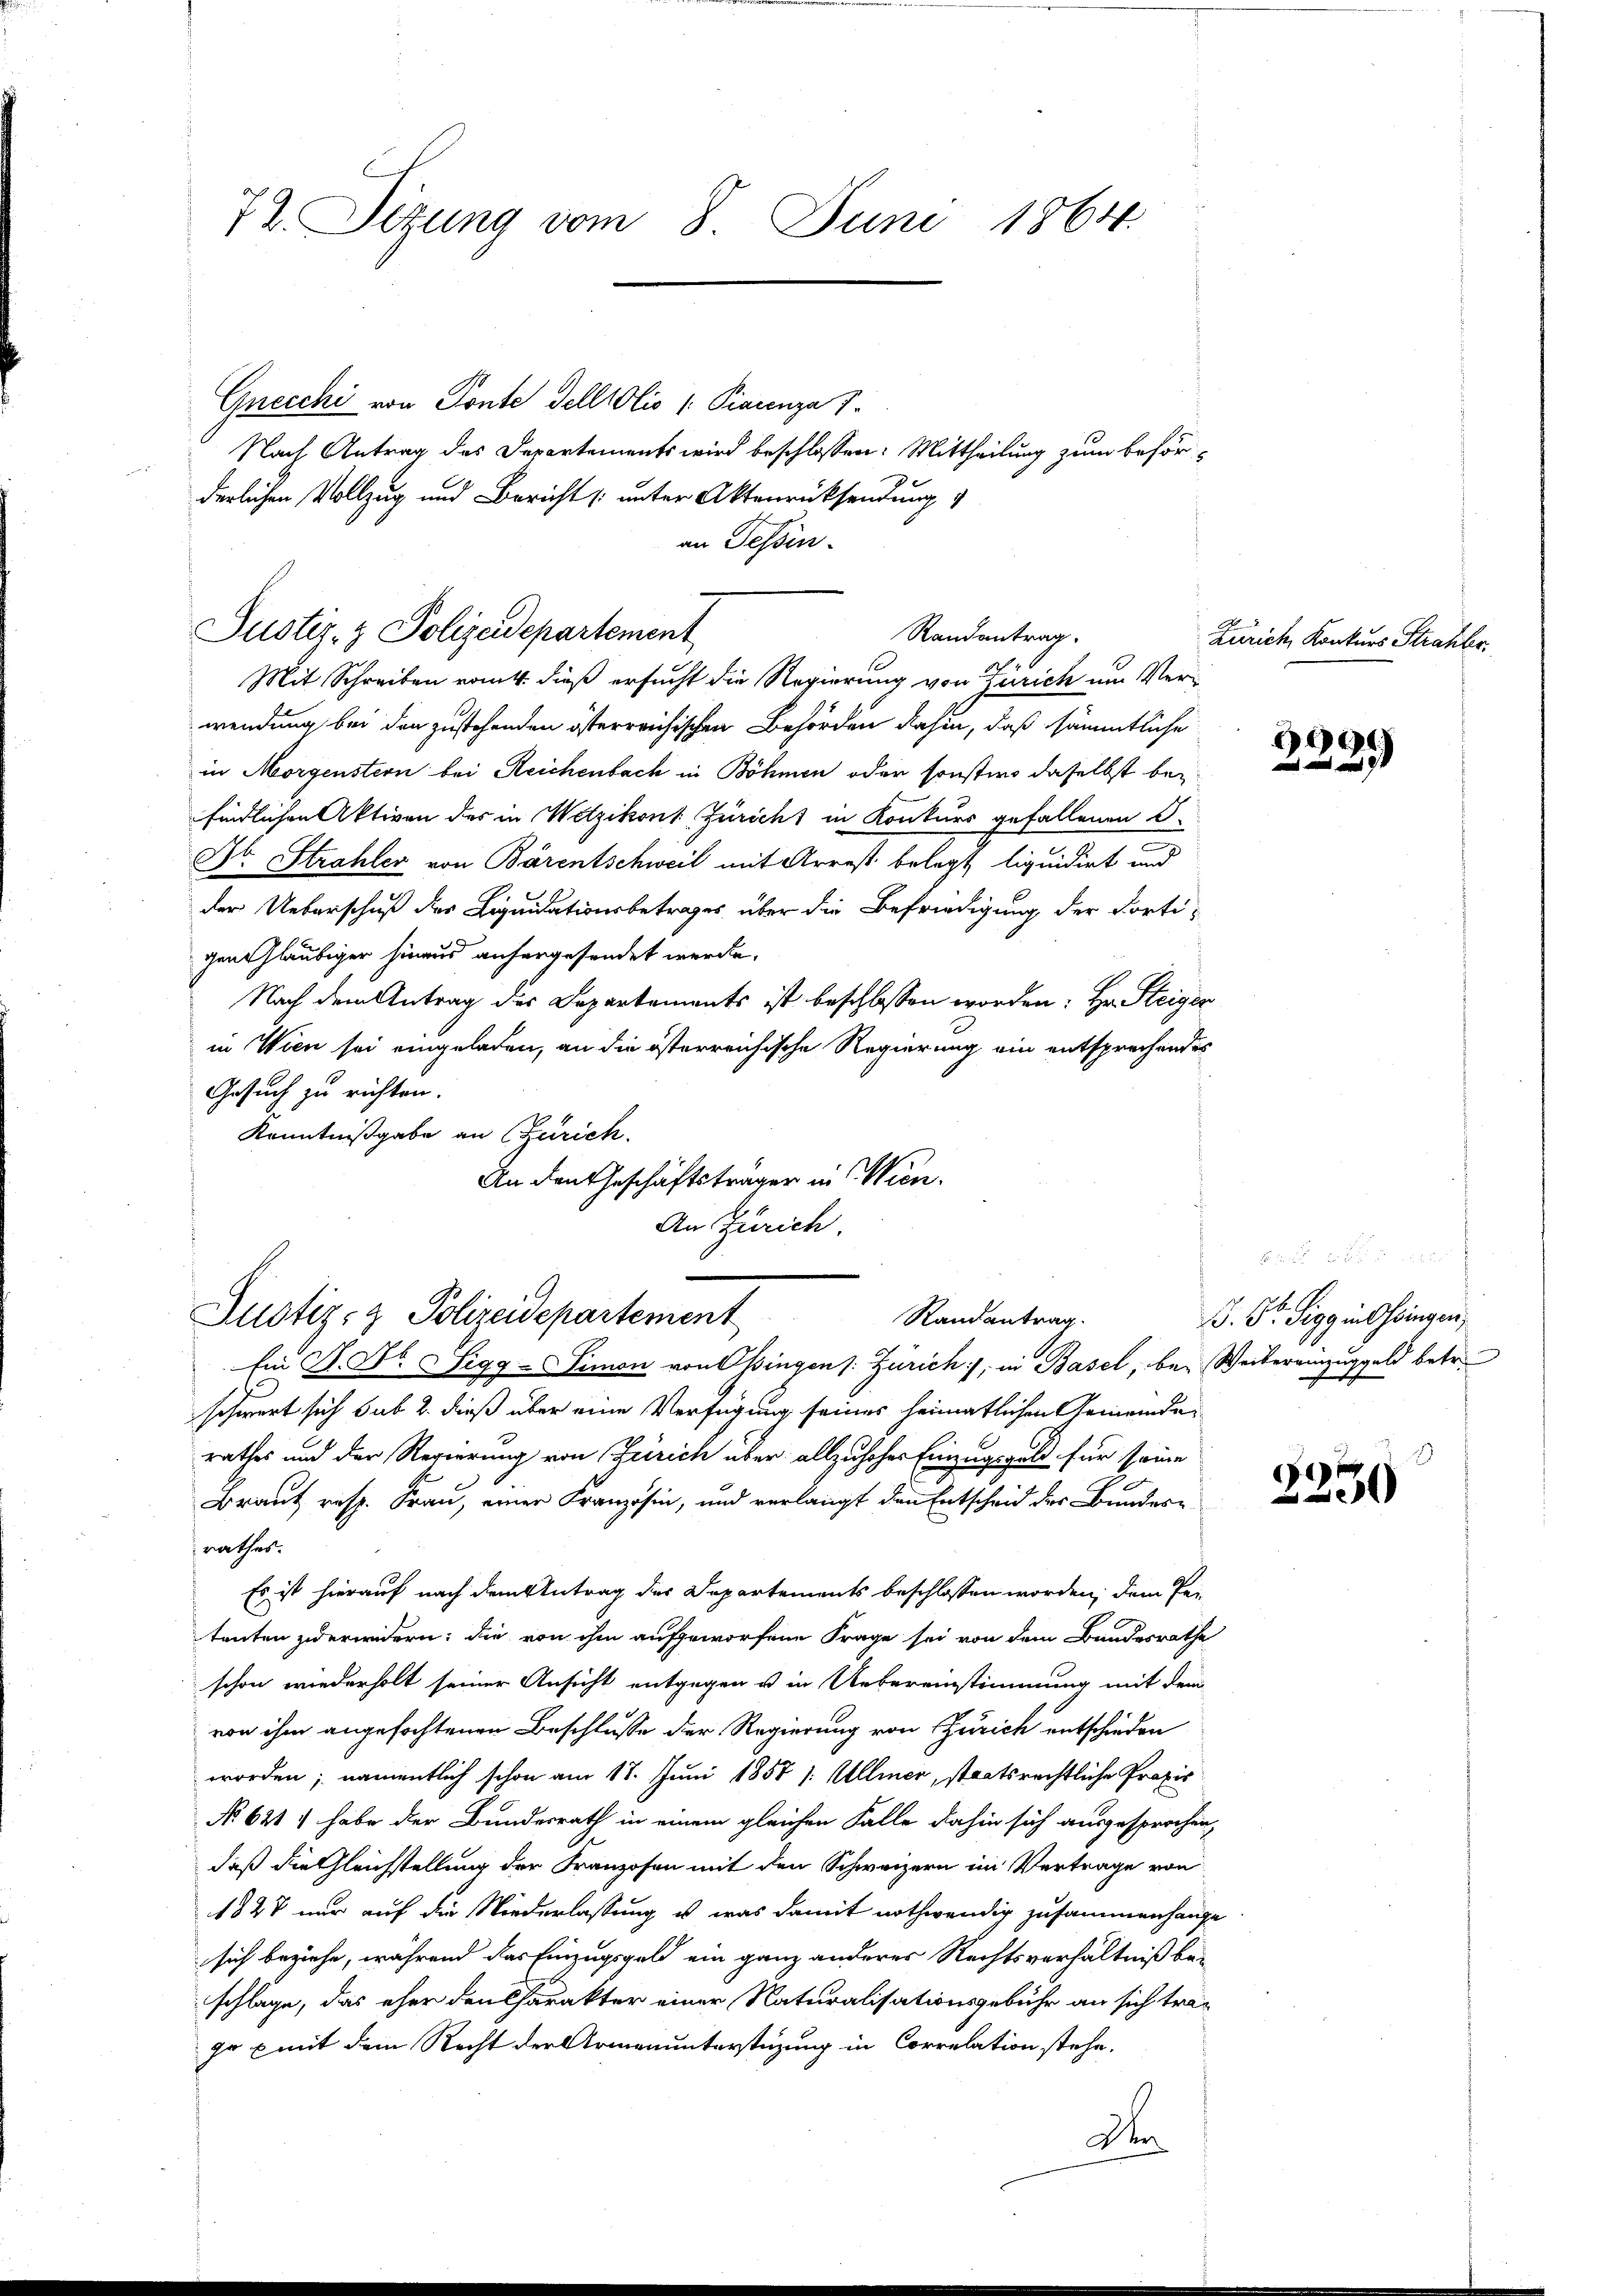
72. Sitzung vom 8. Juni 1864.

Gnecchi von Ponte dell Olis ( Piaunza 1.
Nach Antrag des Departements wird beschlossen: Mittheilung zum beförderlichen Vollzug und Bericht (unter Aktenrücksendung
an Tessin.

Justiz- & Polizeidepartement
Randantrag.

Mit Schreiben romit dieß ersucht die Regierung von Zürich um Verwendung bei den zustehenden österreichischen Behörden dahin, daß sämmtliche
in Morgenstern bei Reichenbach in Böhmen oder sonstwo daselbst befindlichen Aktiven des in Wetzikons Züricht in Konkurs gefallenen S.
Dr. Strahler von Bärentschweil mit Arrest belegt liquidirt und
der Ueberschuß der Liquidationsbetrages über die Befriedigung der Fortigen Gläubiger hinaus anhergesendet werde.
Nach dem Antrag des Departements ist beschlossen worden: Hr. Steiger
in Wien sei eingeladen, an die österreichische Regierung ein entsprechendes
Gesuch zu richten.
Kenntnißgabe an Zürich.
An den Geschäftsträger in Wien.
An Zürich.

Justiz- & Polizeidepartement
Randantrag.

Ein P. Dr. Sigg - Simon von Ossingen s. Zürich, in Basel, bei Weibereinzuggeld betr.
schwert sich sub 2. dieß über eine Verfügung seines heimatlichen Gemeinde
rathes und der Regierung von Zürich über allzuhoher Einzugsgeld für seine
Braut resp. Frau, einer Kranzösin, und verlangt den Entscheid der Bundesrathes.
Es ist hierauf nach dem Antrag des Departements beschlossen worden, dem Pe-
tenten zu erwidern; die von ihm aufgeworfene Frage sei von dem Bandesrathe
schon wiederholt seiner Ansicht entgegen u in Uebereinstimmung mit dem
von ihm angefochtenen Beschlusse der Regierung von Zürich entschieden
worden; namentlich schon am 18. Juni 1857 1: Ullmer, staatsrechtliche Praxis
No 621. habe der Bundesrath in einem gleichen Falle dahin sich ausgesprochen,
daß die Gleichstellung der Franzosen mit den Schweizern im Vertrage von
1828 nur auf die Wiederlassung u. was damit nothwendig zusammenhange
sich beziehe, während das Einzugsgeld ein ganz anderer Rechtsverhältniß be-
schlage, das eher den Charakter einer Naturalisationsgebühr an sich tra-
je x mit dem Recht der Armenunterstüzung in Correlation stehe.
D

Zürich, Konkurs Strahler,

694.

. Dr. Sigg in Ohringen,

2